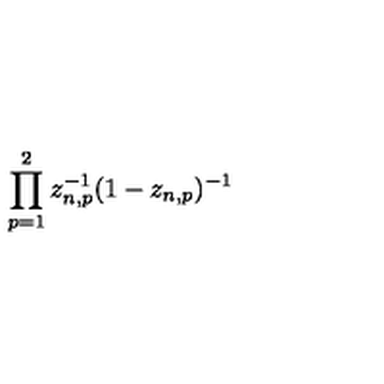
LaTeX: \prod _ { p = 1 } ^ { 2 } z _ { n , p } ^ { - 1 } ( 1 - z _ { n , p } ) ^ { - 1 }